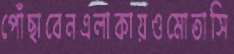
পোঁছাবেনএলাকায়ওমোতাসি